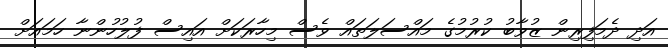
އަދި ދެމަފިރިން ޒުވާބު ކުރުމުގެ މައްސަލަތައް ވެސް މިހާރަކަށް އައިސް ފުލުހުންނާ ހަމައަށް